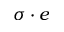
\sigma \cdot e